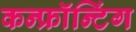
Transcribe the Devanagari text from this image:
कन्फ्रॉन्टिंग